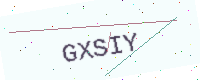
Text: GXSIY